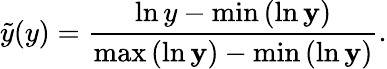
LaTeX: \tilde{y}(y)=\frac{\ln{y}-\operatorname*{min}{(\ln{\mathbf{y}})}}{\operatorname*{max}{(\ln{\mathbf{y}})}-\operatorname*{min}{(\ln{\mathbf{y}})}}.